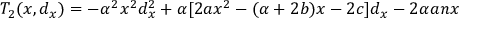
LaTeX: T _ { 2 } ( x , d _ { x } ) = - \alpha ^ { 2 } x ^ { 2 } d _ { x } ^ { 2 } + \alpha [ 2 a x ^ { 2 } - ( \alpha + 2 b ) x - 2 c ] d _ { x } - 2 \alpha a n x